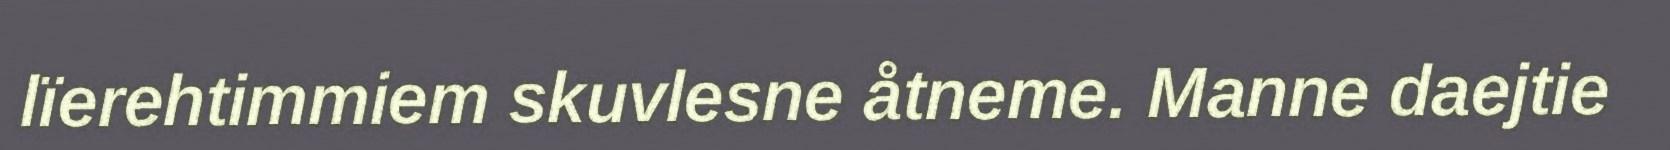
lïerehtimmiem skuvlesne åtneme. Manne daejtie